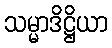
သမ္မာဒိဋ္ဌိယာ